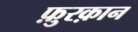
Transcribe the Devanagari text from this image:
फ़ुरक़ान